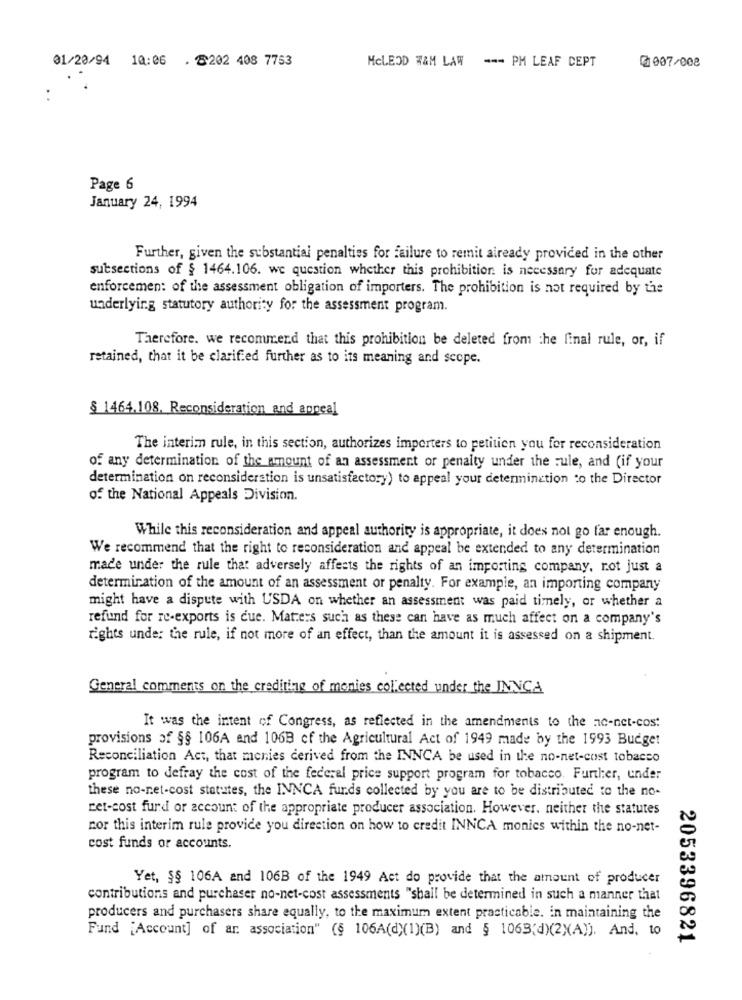
01/20/94 10:06 . 8202 408 7753
MCLEOD WAM LAW --- PM LEAF CEPT
0007/008
..
Page 6
January 24, 1994
Further, given the substantial penalties for failure to remit already provided in the other
subsections of § 1464.106. we question whether this prohibition is necessary for adequate
enforcemen: of the assessment obligation of importers. The prohibition is not required by the
underlying statutory authority for the assessment program.
Therefore. we recommend that this prohibition be deleted from the final rule, or, if
retained, that it be clarified further as to its meaning and scope.
§ 1464.108. Reconsideration and appeal
The interim rule, in this section, authorizes importers to petition you for reconsideration
of any determination of the amount of an assessment or penalty under the rule, and (if your
determination on reconsideration is unsatisfactory) to appeal your determination to the Director
of the National Appeals Division.
While this reconsideration and appeal authority is appropriate, it does not go far enough.
We recommend that the right to reconsideration and appeal be extended to any determination
made under the rule that adversely affects the rights of an importing company, rot just a
determination of the amount of an assessment or penalty. For example, an importing company
might have a dispute with USDA on whether an assessment was paid timely, or whether a
refund for re-exports is cue. Matters such as these can have as much affect on a company's
rights under the rule, if not more of an effect, than the amount it is assessed on a shipment.
General comments on the crediting of monies colected under the INNCA
It was the intent of Congress, as reflected in the amendments to the ac-net-cost
provisions of §§ 106A and 106B of the Agricultural Act of 1949 made by the 1993 Budget
Reconciliation Act, that monies derived from the INNCA be used in the no-net-cost tobacco
program to defray the cost of the federal price support program for tobacco. Further, under
these no-net-cost statutes, the INNCA funds collected by you are to be distributed to the no-
ret-cost furd or account of the appropriate producer association. However, neither the statutes
nor this interim rule provide you direction on how to credit INNCA monies within the no-net-
cost funds or accounts.
Yet, §§ 106A and 106B of the 1949 Act do provide that the amount of producer
contributions and purchaser no-net-cost assessments "shall be determined in such a manner that
producers and purchasers share equally, to the maximum extent practicable. in maintaining the
Fund [Account] of ar association" (§ 106A(d)(1)(B) and § 1063(d)(2X(A)). And. to
2053396821